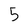
Character: 5